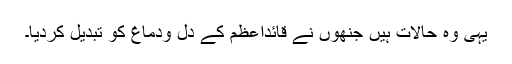
یہی وہ حالات ہیں جنھوں نے قائداعظم کے دل ودماغ کو تبدیل کردیا۔